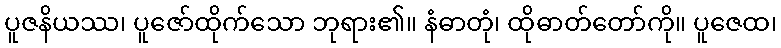
ပူဇနိယဿ၊ ပူဇော်ထိုက်သော ဘုရား၏။ နံဓာတုံ၊ ထိုဓာတ်တော်ကို။ ပူဇေထ၊